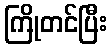
ကြိုတင်ပြီး